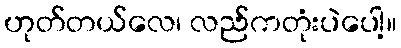
ဟုတ်တယ်လေ၊ လည်ကတုံးပဲပေါ့။